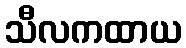
သီလကထာယ